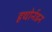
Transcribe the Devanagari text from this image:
हथोर्नडन